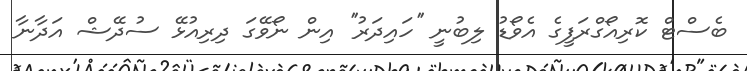
ބެސްޓް ކޮރިއޯގްރަފީގެ އެވޯޑު ލިބުނީ ''ހައިދަރު'' އިން ނޯވޭގަ ދިރިއުޅޭ ސުދޭޝް އަދާނާ